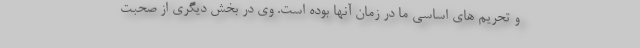
و تحریم های اساسی ما در زمان آنها بوده است. وی در بخش دیگری از صحبت